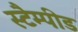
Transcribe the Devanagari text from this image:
स्टैम्पीड